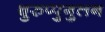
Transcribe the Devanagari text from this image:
थुरुप्पुगुलन